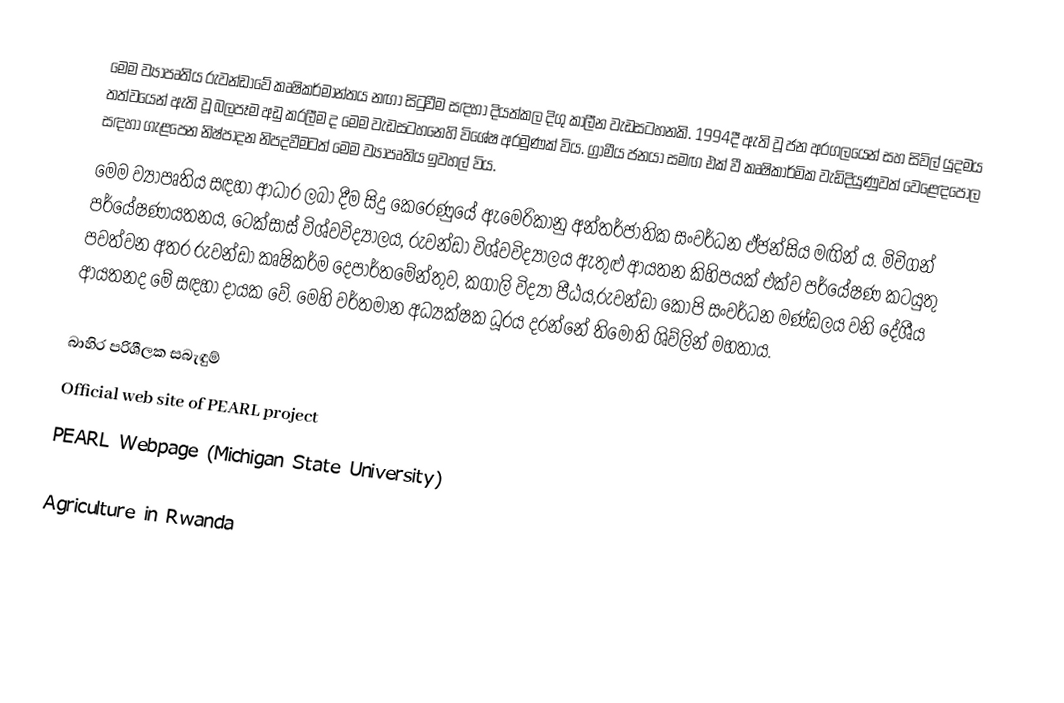
මෙම ව්‍යාපෘතිය රුවන්ඩාවේ කෘෂිකර්මාන්තය නඟා සිටුවීම සඳහා දියත්කල දිගු කාලීන වැඩසටහනකි. 1994දී ඇති වූ ජන අරගලයෙන් සහ සිවිල් යුදමය තත්වයෙන් ඇති වූ බලපෑම අඩු කරලීම ද මෙම වැඩසටහනෙහි විශේෂ අරමුණක් විය. ග්‍රාමීය ජනයා සමඟ එක් වී කෘෂිකාර්මික වැඩිදියුණුවත් වෙළෙඳපොල සඳහා ගැළපෙන නිෂ්පාදන නිපදවීමටත් මෙම ව්‍යාපෘතිය ඉවහල් විය.
මෙම ව්‍යාපෘතිය සඳහා ආධාර ලබා දීම සිදු කෙරෙණුයේ ඇමෙරිකානු අන්තර්ජාතික සංවර්ධන ඒජන්සිය මඟින් ය. මිචිගන් පර්යේෂණායතනය, ටෙක්සාස් විශ්වවිද්‍යාලය, රුවන්ඩා විශ්වවිද්‍යාලය ඇතුළු ආයතන කිහිපයක් එක්ව පර්යේෂණ කටයුතු පවත්වන අතර රුවන්ඩා කෘෂිකර්ම දෙපාර්තමේන්තුව, කගාලි විද්‍යා පීඨය,රුවන්ඩා කෝපි සංවර්ධන මණ්ඩලය වනි දේශීය ආයතනද මේ සඳහා දායක වේ. මෙහි වර්තමාන අධ්‍යක්ෂක ධූරය දරන්නේ තිමොති ශිව්ලින් මහතාය.

බාහිර පරිශීලක සබැඳුම්
 Official web site of PEARL project
 PEARL Webpage (Michigan State University)

Agriculture in Rwanda